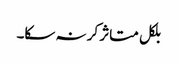
بلکل متاثر کر نہ سکا۔